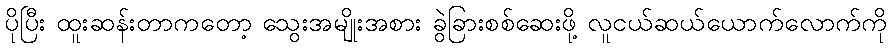
ပိုပြီး ထူးဆန်းတာကတော့ သွေးအမျိုးအစား ခွဲခြားစစ်ဆေးဖို့ လူငယ်ဆယ်ယောက်လောက်ကို